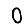
Digit: 0